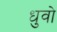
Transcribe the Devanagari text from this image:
धुवो